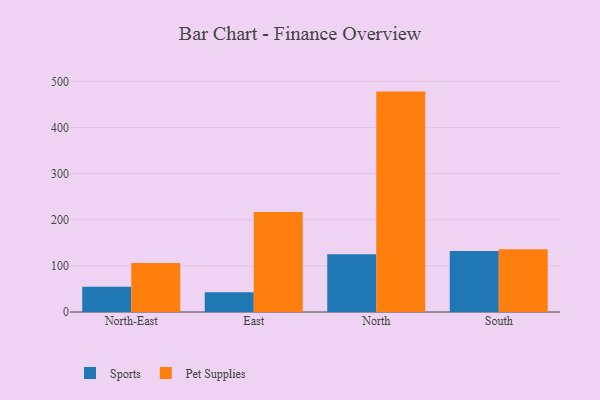
{"axis": {"x": "Region", "y": "Production Output"}, "legend": ["Pet Supplies", "Sports"], "data": [{"x": "North-East", "y": 54.5, "type": "Sports"}, {"x": "North-East", "y": 106.2, "type": "Pet Supplies"}, {"x": "East", "y": 43.0, "type": "Sports"}, {"x": "East", "y": 216.8, "type": "Pet Supplies"}, {"x": "North", "y": 125.3, "type": "Sports"}, {"x": "North", "y": 477.8, "type": "Pet Supplies"}, {"x": "South", "y": 132.4, "type": "Sports"}, {"x": "South", "y": 136.3, "type": "Pet Supplies"}]}